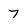
Character: 7